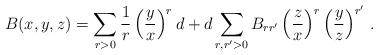
LaTeX: \begin{align*}B(x,y,z)=\sum_{r>0}{1\over r}\left({y\over x}\right)^rd+d\sum_{r,r'>0}B_{rr'}\left({z\over x}\right)^r\left({y\over z}\right)^{r'}\,.\end{align*}